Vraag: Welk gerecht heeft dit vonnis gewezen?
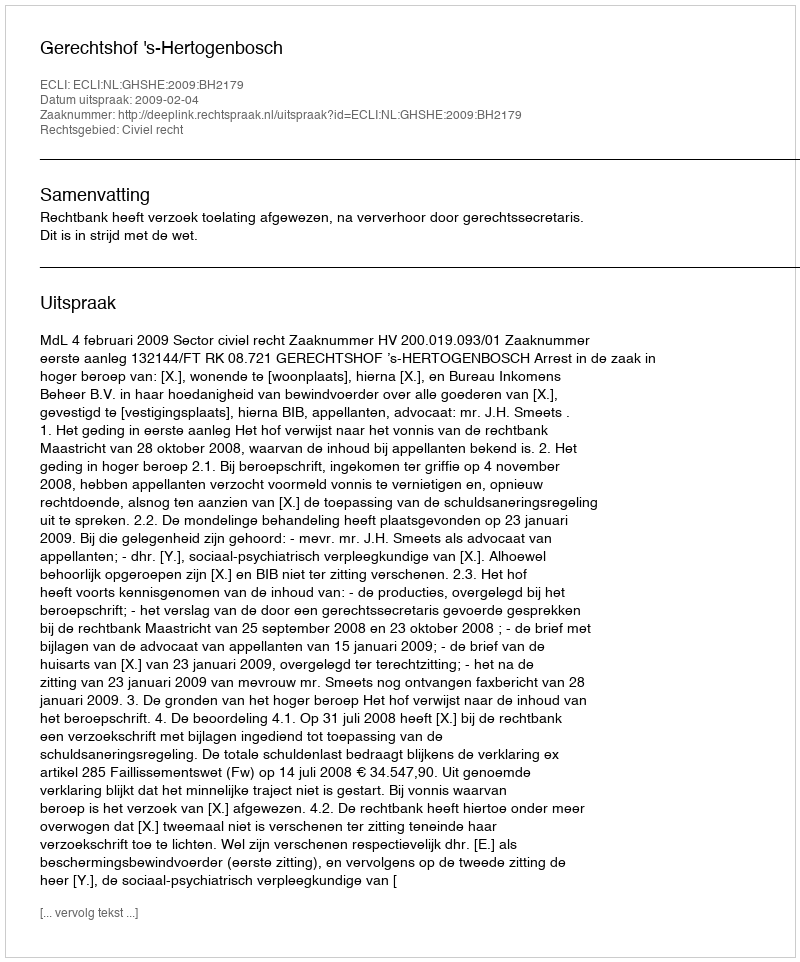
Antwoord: Gerechtshof 's-Hertogenbosch